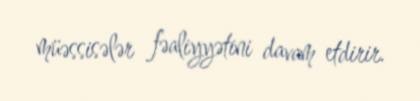
müəssisələr fəaliyyətini davam etdirir.